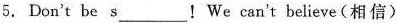
5.Don't be s___!We can't believe(相信)